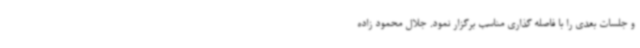
و جلسات بعدی را با فاصله گذاری مناسب برگزار نمود. جلال محمود زاده